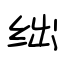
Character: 绌